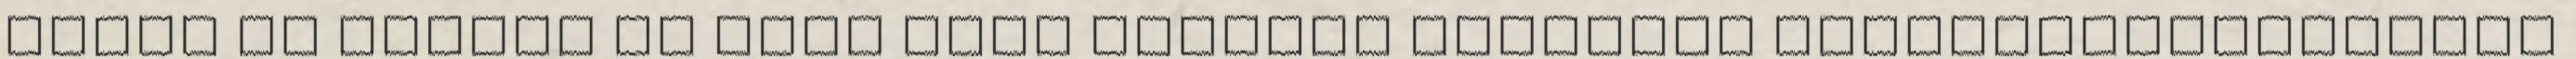
kihal az ország az óccó kisz hunniai gazdaság óccóhúsnakhígaleve